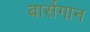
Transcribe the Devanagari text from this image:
बार्सगान